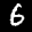
Label: 6